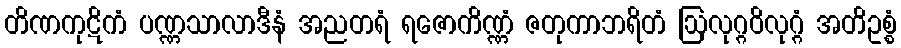
တိဏကုဋိကံ ပဏ္ဏသာလာဒီနံ အညတရံ ရဇောကိဏ္ဏံ ဇတုကာဘရိတံ ဩလုဂ္ဂဝိလုဂ္ဂံ အတိဥစ္စံ